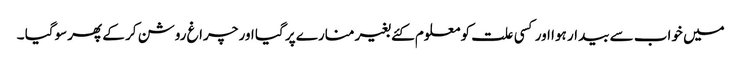
میں خواب سے بیدار ہوا اور کسی علت کو معلوم کئے بغیر منارے پر گیا اور چراغ روشن کر کے پھر سوگیا ۔